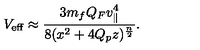
V _ { \mathrm { e f f } } \approx { \frac { 3 m _ { f } Q _ { F } v _ { \parallel } ^ { 4 } } { 8 ( x ^ { 2 } + 4 Q _ { p } z ) ^ { \frac { n } { 2 } } } } .